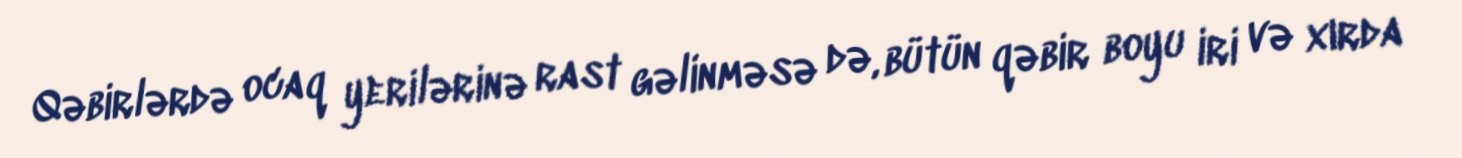
Qəbirlərdə ocaq yerilərinə rast gəlinməsə də, bütün qəbir boyu iri və xırda